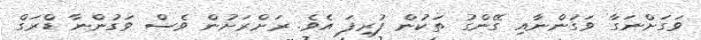
ވަގަށްނަގާ ވަގުންނާއި ގޭންގު ތަކުން ފުރިފަ އެވެ. ރަށްރަށުން ވެސް ވަގުންނާ ޑްރަގް